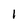
Character: 1